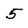
Character: 5